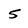
Character: 5